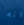
انه